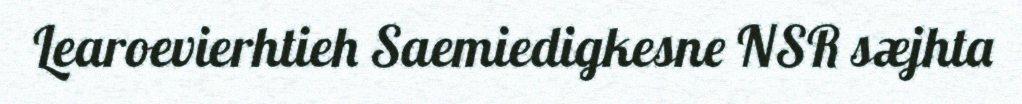
Learoevierhtieh Saemiedigkesne NSR sæjhta